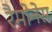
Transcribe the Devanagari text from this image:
रैमोनेस